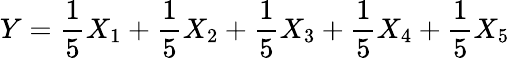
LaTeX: Y=\frac{1}{5}X_{1}+\frac{1}{5}X_{2}+\frac{1}{5}X_{3}+\frac{1}{5}X_{4}+\frac{1}{5}X_{5}